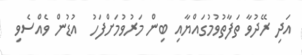
އަދި ރޭދުވާ ތަފާތުވުމުގައްޔާއި ބިން މަރުވުމަށްފަހު  އުޑުން ވެއްސެވި